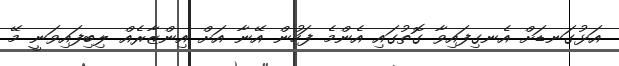
އަޅުގަނޑަށް އެނގިފައިވާ ގޮތުގައި އެންމެ ފަހުން އޭނާ އަށް އިންޒާރެއް ލިބިފައިވަނީ މޭ